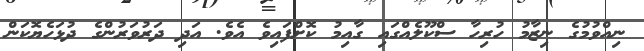
ނިއްވުމުގެ ނިޒާމު ހުރިހާ ސްކޫލެއްގައި ގާއިމު ކޮށްފައިވެ އެވެ. އަދި ދަރުވަރުންގެ ދުޅަހެޔޮކަން